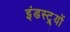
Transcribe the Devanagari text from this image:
इंडस्ट्र्यों